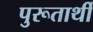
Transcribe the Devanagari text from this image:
पुरूतार्थी